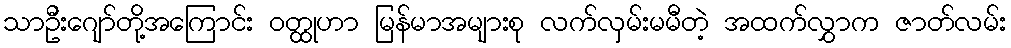
သာဦးဂျော်တို့အကြောင်း ဝတ္ထုဟာ မြန်မာအများစု လက်လှမ်းမမီတဲ့ အထက်လွှာက ဇာတ်လမ်း